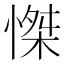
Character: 𢞼